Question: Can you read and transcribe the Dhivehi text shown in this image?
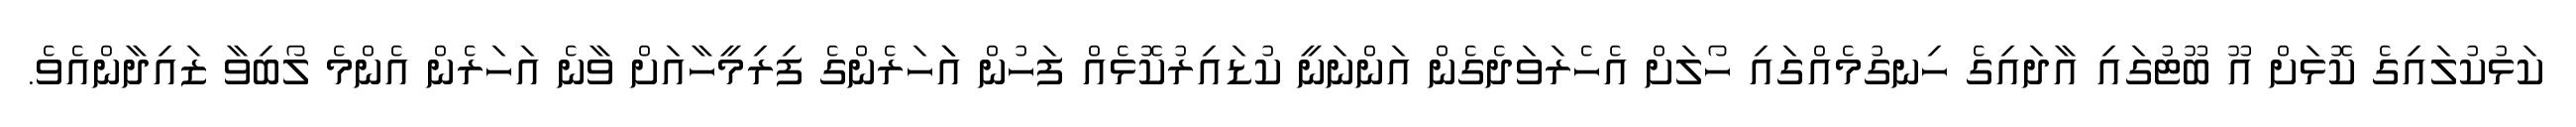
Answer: ކަޅުކުލައިގެ ކޮޅަށް އޫ ބޫޓުގައި އާދައިގެ ހިނގުމެއްގައި ހޯލަށް އެހެރަވަދެގެން އަންނަނީ ކުޑައިރުކޮޅެއް ފަހުން އަަހަރެންގެ ފިރިމީހާއަށް ވާނެ އަހަރެން އެންމެ ލޯބިވާ ޒައިދާންއެވެ.